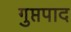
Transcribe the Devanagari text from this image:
गुप्तपाद